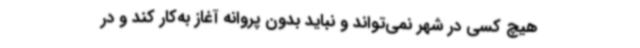
هیچ کسی در شهر نمی‌تواند و نباید بدون پروانه آغاز به‌کار کند و در